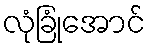
လုံခြုံအောင်